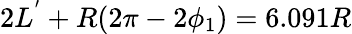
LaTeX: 2L^{'}+R(2\pi-2\phi_{1})=6.091R